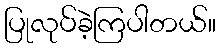
ပြုလုပ်ခဲ့ကြပါတယ်။